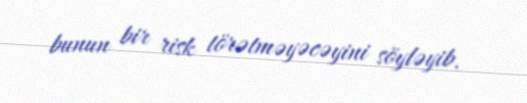
bunun bir risk törətməyəcəyini söyləyib.